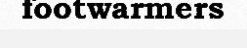
footwarmers